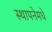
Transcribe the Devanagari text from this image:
स्थापनेमधे